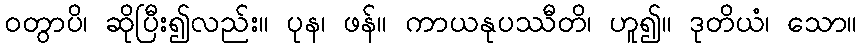
ဝတွာပိ၊ ဆိုပြီး၍လည်း။ ပုန၊ ဖန်။ ကာယနုပဿီတိ၊ ဟူ၍။ ဒုတိယံ၊ သော။